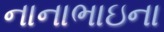
નાનાભાઇના